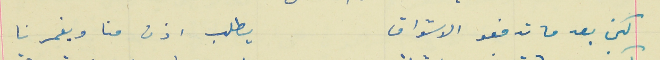
لكن بعد ما تدفعو الاشواق                                      يطلب اذن منا ويغمرنا